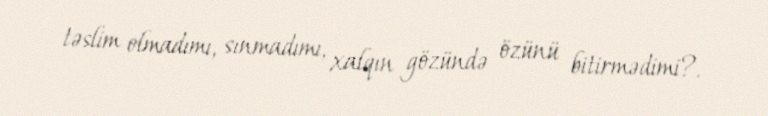
təslim olmadımı, sınmadımı, xalqın gözündə özünü bitirmədimi?.